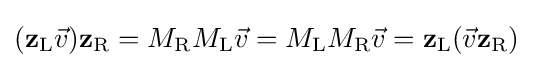
(\mathbf {z} _{\rm {L}}{\vec {v}})\mathbf {z} _{\rm {R}}=M_{\rm {R}}M_{\rm {L}}{\vec {v}}=M_{\rm {L}}M_{\rm {R}}{\vec {v}}=\mathbf {z} _{\rm {L}}({\vec {v}}\mathbf {z} _{\rm {R}})